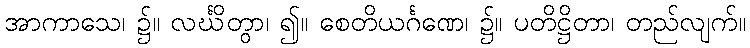
အာကာသေ၊ ၌။ လင်္ဃိတွာ၊ ၍။ စေတိယင်္ဂဏေ၊ ၌။ ပတိဋ္ဌိတာ၊ တည်လျက်။